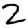
Digit: 2